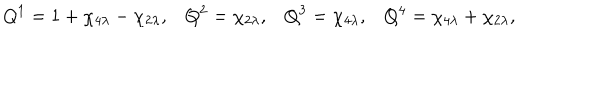
Q ^ { 1 } = 1 + \chi _ { 4 \lambda } - \chi _ { 2 \lambda } , \, \, \, \, \, Q ^ { 2 } = \chi _ { 2 \lambda } , \, \, \, \, \, Q ^ { 3 } = \chi _ { 4 \lambda } , \, \, \, \, \, Q ^ { 4 } = \chi _ { 4 \lambda } + \chi _ { 2 \lambda } ,